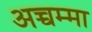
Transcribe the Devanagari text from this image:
अच्चम्मा